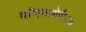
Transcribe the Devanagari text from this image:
व्हीएसओपी८७